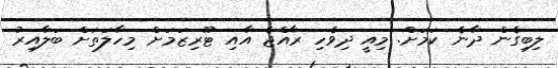
ލިބިގެން ދާނެ ކަމަށް. މިއީ ދިވެހި ރާއްޖެ އާއި ޓޫރިޒަމަށް މިހާލަތަށް ބަލާއިރު